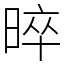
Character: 晬